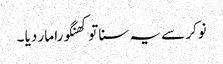
نوکر سے یہ سنا تو کھنگورا مار دیا ۔